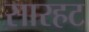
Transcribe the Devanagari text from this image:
सारहट